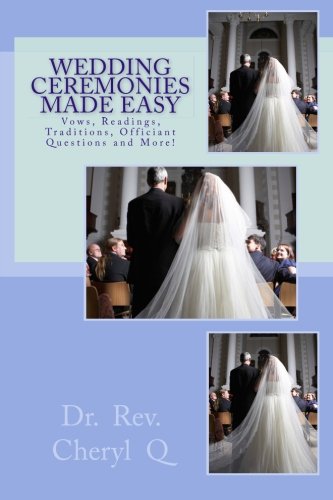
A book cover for Wedding Ceremonies Made Easy: Vows, Readings, Traditions, Officiant Questions and More!; Dr. Rev. Cheryl Q; Crafts, Hobbies & Home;